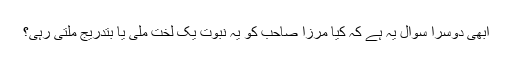
ابھی دُوسرا سوال یہ ہے کہ کیا مرزا صاحب کو یہ نبوّت یک لخت ملی یا بتدریج ملتی رہی؟